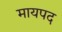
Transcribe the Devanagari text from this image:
मायपद